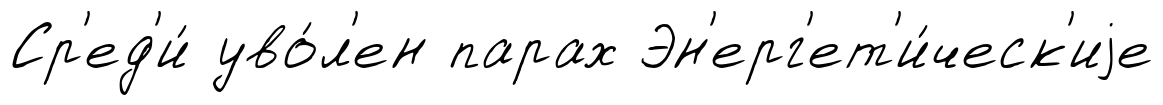
Ср'ед'и́ уво́л'ен парах Эн'ерг'ет'и́ческ'иjе